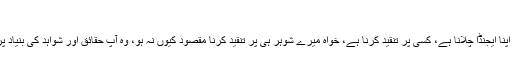
‘
’آپ کو اپنا ایجنڈا چلانا ہے، کسی پر تنقید کرنا ہے، خواہ میرے شوہر ہی پر تنقید کرنا مقصود کیوں نہ ہو، وہ آپ حقائق اور شواہد کی بنیاد پر کریں۔